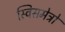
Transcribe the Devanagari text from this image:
स्विसमेट्रो